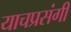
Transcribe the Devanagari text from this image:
याचप्रसंगी